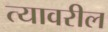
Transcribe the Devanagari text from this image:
त्‍यावरील